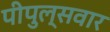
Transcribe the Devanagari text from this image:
पीपुल्सवार